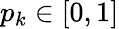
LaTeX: p_{k}\in[0,1]